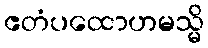
ဧတံပထောဟမသ္မိ